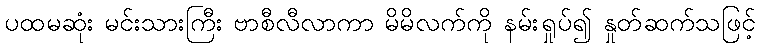
ပထမဆုံး မင်းသားကြီး ဗာစီလီလာကာ မိမိလက်ကို နမ်းရှုပ်၍ နှုတ်ဆက်သဖြင့်